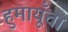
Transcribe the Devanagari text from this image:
हुमायूँचा